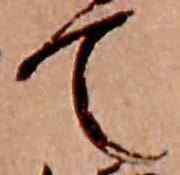
て